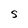
Character: S